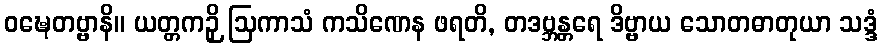
ဝဍ္ဎေတဗ္ဗာနိ။ ယတ္တကဉှိ ဩကာသံ ကသိဏေန ဖရတိ, တဒဗ္ဘန္တရေ ဒိဗ္ဗာယ သောတဓာတုယာ သဒ္ဒံ